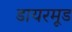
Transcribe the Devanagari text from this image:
डायरमूड